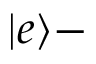
| e \rangle -